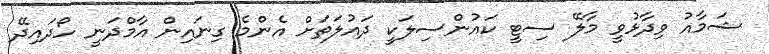
ޝަމާއު ވިދާޅުވީ މާލޭ ސިޓީ ކައުންސިލަކީ ދައުލަތަށް އެންމެ ގިނައިން އާމްދަނީ ހޯދައިދޭ